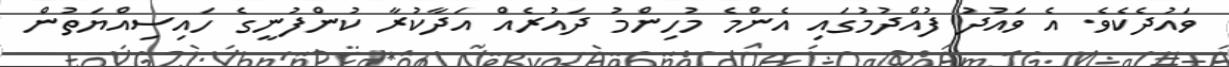
ވައުދެކެވެ. އެ ވައުދު ފުއްދުމުގައި އެންމެ މުހިންމު ދައުރެއް އަދާކުރާ ކުންފުނީގެ ހައިސިއްޔަތުން